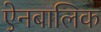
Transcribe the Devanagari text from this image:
ऐनबालिक